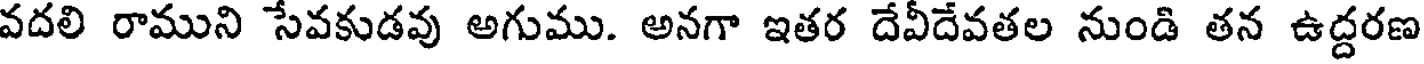
వదలి రాముని సేవకుడవు అగుము. అనగా ఇతర దేవీదేవతల నుండి తన ఉద్దరణ